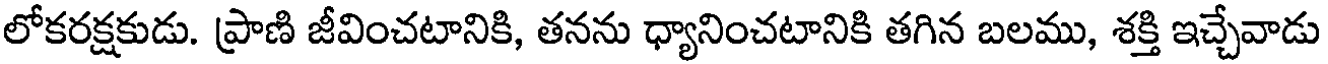
లోకరక్షకుడు. ప్రాణి జీవించటానికి, తనను ధ్యానించటానికి తగిన బలము, శక్తి ఇచ్చేవాడు